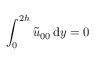
\int _ { 0 } ^ { 2 h } \widetilde { u } _ { 0 0 } { \, \mathrm { { d } } } y = 0